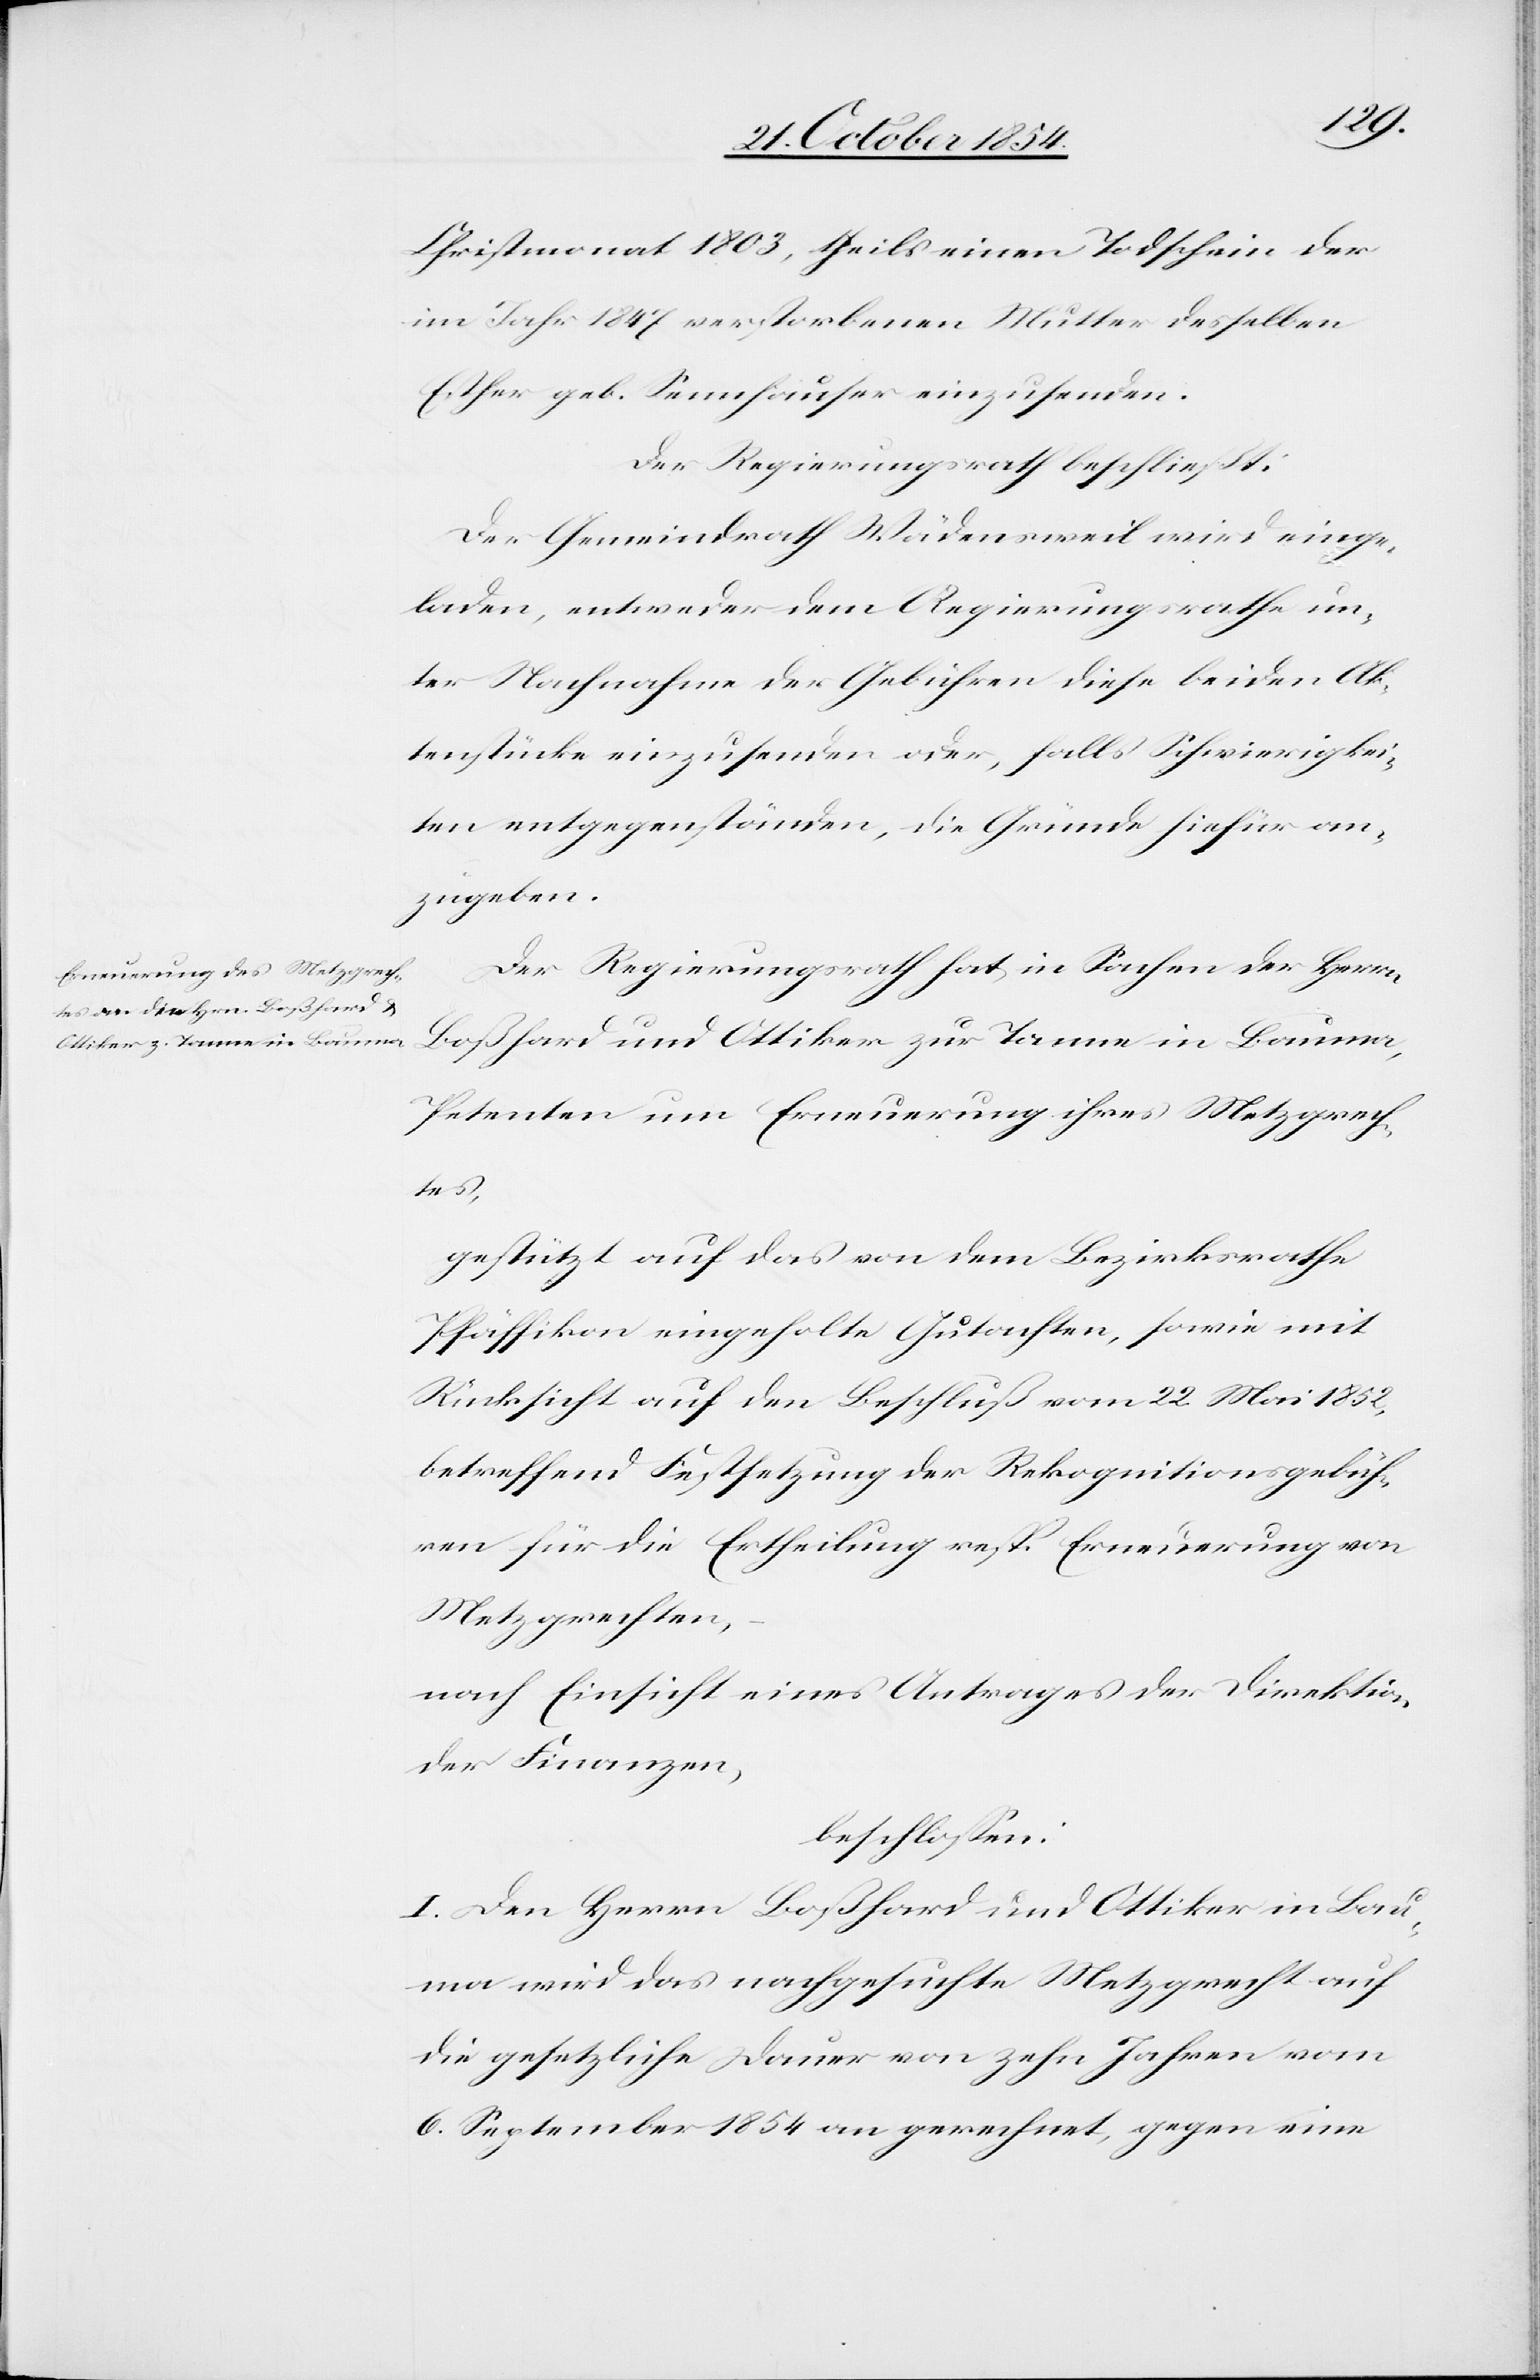
Christmonat 1803, theils einen Todschein der
im Jahr 1847 verstorbenen Mutter desselben
Esther geb. Sennhauser einzusenden.
Der Regierungsrath beschließt:
Der Gemeindrath Wädensweil wird einge¬
laden, entweder dem Regierungsrathe un¬
ter Nachnahme der Gebühren diese beiden Ak¬
tenstücke einzusenden oder, falls Schwierigkei¬
ten entgegenständen, die Gründe hiefür an¬
zugeben.
Der Regierungsrath hat in Sachen der Herrn
Boßhard und Ottiker zur Tanne in Bauma,
Petenten um Erneuerung ihres Metzgrech¬
tes,
gestützt auf das von dem Bezirksrathe
Pfäffikon eingeholte Gutachten, sowie mit
Rücksicht auf den Beschluß vom 22 Mai 1852,
betreffend Festsetzung der Rekognitionsgebüh¬
ren für die Ertheilung resp. Erneuerung von
Metzrechten,
nach Einsicht eines Antrages der Direktion
der Finanzen
beschloßen:
I. Den Herrn Boßhard und Ottiker in Bau¬
ma wird das nachgesuchte Metzrecht auf
die gesetzliche Dauer von zehn Jahren vom
6. September 1854 an gerechnet, gegen eine